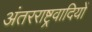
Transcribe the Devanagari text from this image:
अंतरराष्ट्रवादियों